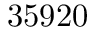
3 5 9 2 0